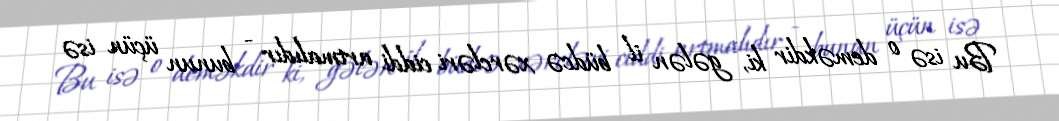
Bu isə o deməkdir ki, gələn il büdcə xərcləri ciddi artmalıdır - bunun üçün isə